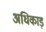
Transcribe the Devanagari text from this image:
अधिकाड़